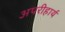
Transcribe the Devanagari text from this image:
अपरीहार्य